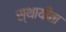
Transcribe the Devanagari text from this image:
स्थायीता